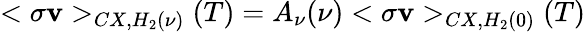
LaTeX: <\sigma\mathbf{v}>_{CX,H_{2}(\nu)}(T)=A_{\nu}(\nu)<\sigma\mathbf{v}>_{CX,H_{2}(0)}(T)